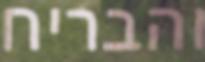
והבריח